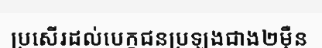
ប្រសើរដល់បេក្ខជនប្រឡងជាង២ម៉ឺន